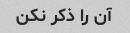
آن را ذکر نکن